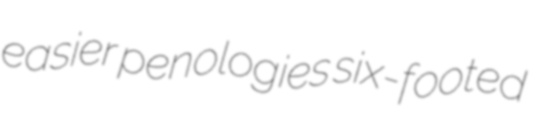
easier penologies six-footed